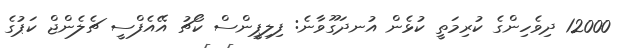
12000 ދިވެހިންގެ ކުރިމަތީ ކުޅެން އުނދަގޫވާނެ: ފިލިޕީންސް ކޯޗު އޭއެފްސީ ޗެލެންޖް ކަޕުގެ